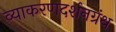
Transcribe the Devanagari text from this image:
व्याकरणदर्शनग्रंथ